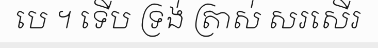
បេ ។ ទើប ទ្រង់ ត្រាស់ សរសើរ